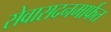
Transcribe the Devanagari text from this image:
सेवासदनमार्फत